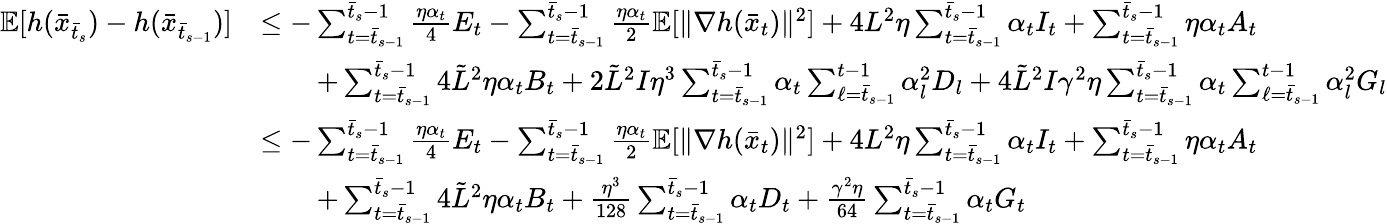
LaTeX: \begin{array}{rl}{\mathbb{E}[h(\bar{x}_{\bar{t}_{s}})-h(\bar{x}_{\bar{t}_{s-1}})]}&{\leq-\sum_{t=\bar{t}_{s-1}}^{\bar{t}_{s}-1}\frac{\eta\alpha_{t}}{4}E_{t}-\sum_{t=\bar{t}_{s-1}}^{\bar{t}_{s}-1}\frac{\eta\alpha_{t}}{2}\mathbb{E}[\| \nabla h(\bar{x}_{t})\| ^{2}]+4L^{2}\eta\sum_{t=\bar{t}_{s-1}}^{\bar{t}_{s}-1}\alpha_{t}I_{t}+\sum_{t=\bar{t}_{s-1}}^{\bar{t}_{s}-1}\eta\alpha_{t}A_{t}}\\ &{\qquad+\sum_{t=\bar{t}_{s-1}}^{\bar{t}_{s}-1}4\tilde{L}^{2}\eta\alpha_{t}B_{t}+2\tilde{L}^{2}I\eta^{3}\sum_{t=\bar{t}_{s-1}}^{\bar{t}_{s}-1}\alpha_{t}\sum_{\ell=\bar{t}_{s-1}}^{t-1}\alpha_{l}^{2}D_{l}+4\tilde{L}^{2}I\gamma^{2}\eta\sum_{t=\bar{t}_{s-1}}^{\bar{t}_{s}-1}\alpha_{t}\sum_{\ell=\bar{t}_{s-1}}^{t-1}\alpha_{l}^{2}G_{l}}\\ &{\leq-\sum_{t=\bar{t}_{s-1}}^{\bar{t}_{s}-1}\frac{\eta\alpha_{t}}{4}E_{t}-\sum_{t=\bar{t}_{s-1}}^{\bar{t}_{s}-1}\frac{\eta\alpha_{t}}{2}\mathbb{E}[\| \nabla h(\bar{x}_{t})\| ^{2}]+4L^{2}\eta\sum_{t=\bar{t}_{s-1}}^{\bar{t}_{s}-1}\alpha_{t}I_{t}+\sum_{t=\bar{t}_{s-1}}^{\bar{t}_{s}-1}\eta\alpha_{t}A_{t}}\\ &{\qquad+\sum_{t=\bar{t}_{s-1}}^{\bar{t}_{s}-1}4\tilde{L}^{2}\eta\alpha_{t}B_{t}+\frac{\eta^{3}}{128}\sum_{t=\bar{t}_{s-1}}^{\bar{t}_{s}-1}\alpha_{t}D_{t}+\frac{\gamma^{2}\eta}{64}\sum_{t=\bar{t}_{s-1}}^{\bar{t}_{s}-1}\alpha_{t}G_{t}}\end{array}